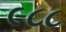
૯૮૮